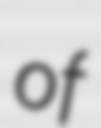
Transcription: of